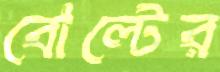
বোল্টের